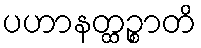
ပဟာနတ္ထဉ္စာတိ